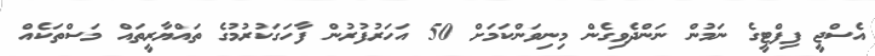
އެސްޖީ ފިފްޓީގެ ނަމުން ނަންދެވިގެން މިނިވަންކަމަށް 50 އަހަރުފުރުން ފާހަގަކުރުމުގެ ތައްޔާރީތައް މަސްތަކެއް